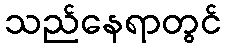
သည်နေရာတွင်